Lunatic asylums Punjab 1911-1921 - 1911-1921
Year: 1911
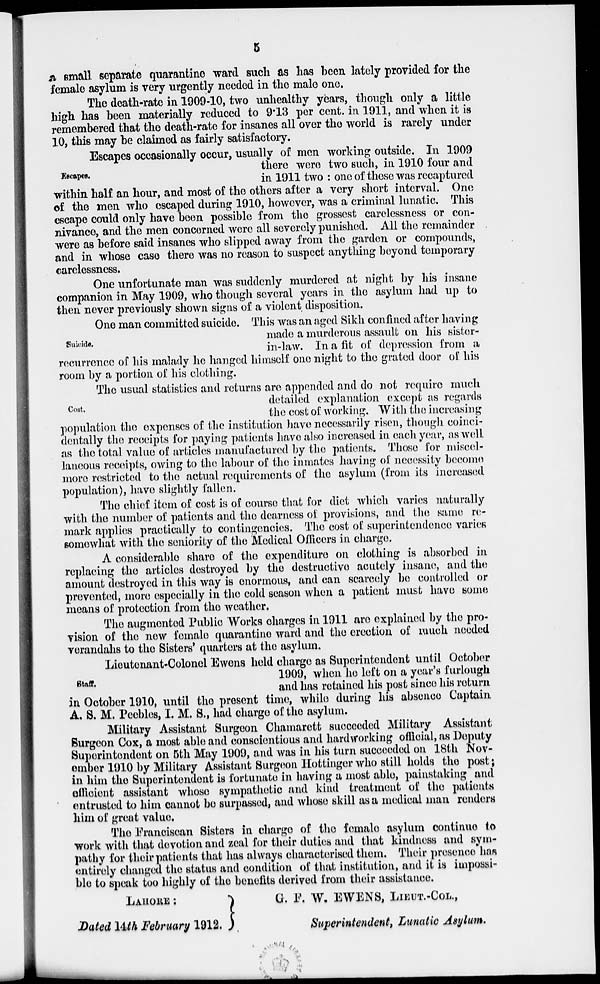
5
a small separate quarantine ward such as has been lately provided for the
female asylum is very urgently needed in the male one.
The death-rate in 1909-10, two unhealthy years, though only a little
high has been materially reduced to 9.13 per cent. in 1911, and when it is
remembered that the death-rate for insanes all over the world is rarely under
10, this may be claimed as fairly satisfactory.
Escapes.
Escapes occasionally occur, usually of men working outside. In 1909
there were two such, in 1910 four and
in 1911 two : one of these was recaptured
within half an hour, and most of the others after a very short interval. One
of the men who escaped during 1910, however, was a criminal lunatic. This
escape could only have been possible from the grossest carelessness or con-
nivance, and the men concerned were all severely punished. All the remainder
were as before said insanes who slipped away from the garden or compounds,
and in whose case there was no reason to suspect anything beyond temporary
carelessness.
One unfortunate man was suddenly murdered at night by his insane
companion in May 1909, who though several years in the asylum had up to
then never previously shown signs of a violent disposition.
Suicide.
One man committed suicide. This was an aged Sikh confined after having
made a murderous assault on his sister-
in-law. In a fit of depression from a
recurrence of his malady he hanged himself one night to the grated door of his
room by a portion of his clothing.
Cost.
The usual statistics and returns are appended and do not require much
detailed explanation except as regards
the cost of working. With the increasing
population the expenses of the institution have necessarily risen, though coinci-
dentally the receipts for paying patients have also increased in each year, as well
as the total value of articles manufactured by the patients. Those for miscel-
laneous receipts, owing to the labour of the inmates having of necessity become
more restricted to the actual requirements of the asylum (from its increased
population), have slightly fallen.
The chief item of cost is of course that for diet which varies naturally
with the number of patients and the dearness of provisions, and the same re-
mark applies practically to contingencies. The cost of superintendence varies
somewhat with the seniority of the Medical Officers in charge.
A considerable share of the expenditure on clothing is absorbed in
replacing the articles destroyed by the destructive acutely insane, and the
amount destroyed in this way is enormous, and can scarcely be controlled or
prevented, more especially in the cold season when a patient must have some
means of protection from the weather.
The augmented Public Works charges in 1911 are explained by the pro-
vision of the new female quarantine ward and the erection of much needed
verandahs to the Sisters' quarters at the asylum.
Staff.
Lieutenant-Colonel Ewens held charge as Superintendent until October
1909, when he left on a year's furlough
and has retained his post since his return
in October 1910, until the present time, while during his absence Captain
A. S. M. Peebles, I. M. S., had charge of the asylum.
Military Assistant Surgeon Chamarett succeeded Military Assistant
Surgeon Cox, a most able and conscientious and hardworking official, as Deputy
Superintendent on 5th May 1909, and was in his turn succeeded on 18th Nov-
ember 1910 by Military Assistant Surgeon Hottinger who still holds the post;
in him the Superintendent is fortunate in having a most able, painstaking and
efficient assistant whose sympathetic and kind treatment of the patients
entrusted to him cannot be surpassed, and whose skill as a medical man renders
him of great value.
The Franciscan Sisters in charge of the female asylum continue to
work with that devotion and zeal for their duties and that kindness and sym-
pathy for their patients that has always characterised them. Their presence has
entirely changed the status and condition of that institution, and it is impossi-
ble to speak too highly of the benefits derived from their assistance.
LAHORE:
Dated 14th February 1912.
G. F. W. EWENS, LIEUT.-COL.,
Superintendent, Lunatic Asylum.